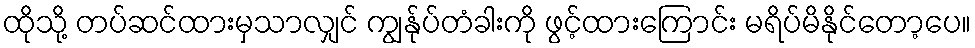
ထိုသို့ တပ်ဆင်ထားမှသာလျှင် ကျွန်ုပ်တံခါးကို ဖွင့်ထားကြောင်း မရိပ်မိနိုင်တော့ပေ။